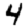
Digit: 4